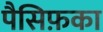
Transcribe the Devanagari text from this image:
पैसिफ़का